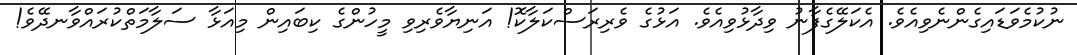
ނުކުމެވަޑައިގެންނެވިއެވެ. އެކަލޭގެފާނު ވިދާޅުވިއެވެ. އަޅުގެ ވެރިރަސްކަލާކޮ! އަނިޔާވެރިވި މީހުންގެ ކިބައިން މިއަޅާ ސަލާމަތްކުރައްވާނދޭވެ!